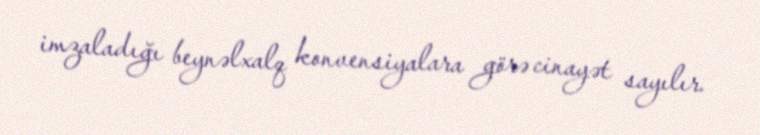
imzaladığı beynəlxalq konvensiyalara görə cinayət sayılır.